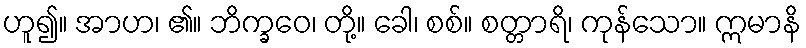
ဟူ၍။ အာဟ၊ ၏။ ဘိက္ခဝေ၊ တို့။ ခေါ၊ စစ်။ စတ္တာရိ၊ ကုန်သော။ ဣမာနိ